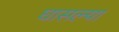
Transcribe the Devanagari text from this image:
घासल्या